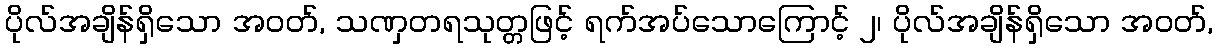
ပိုလ်အချိန်ရှိသော အဝတ်, သဏှတရသုတ္တဖြင့် ရက်အပ်သောကြောင့် ၂၊ ပိုလ်အချိန်ရှိသော အဝတ်,